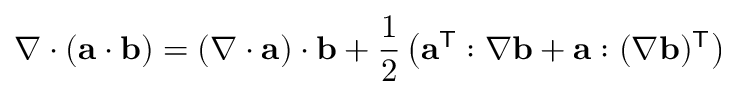
\nabla \cdot ( \mathbf { a } \cdot \mathbf { b } ) = ( \nabla \cdot \mathbf { a } ) \cdot \mathbf { b } + { \frac { 1 } { 2 } } \left( \mathbf { a } ^ { \mathsf { T } } : \nabla \mathbf { b } + \mathbf { a } : ( \nabla \mathbf { b } ) ^ { \mathsf { T } } \right)